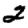
Digit: 2